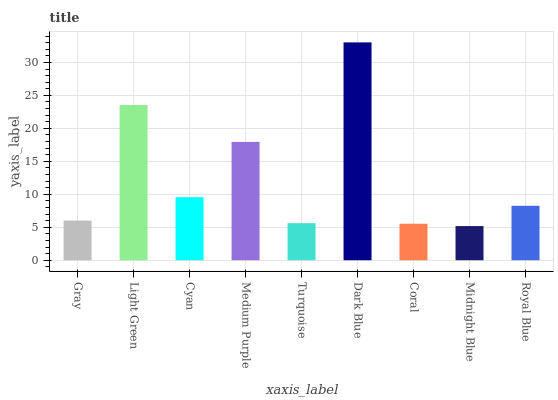
| xaxis_label | bars |
 | --- | --- |
 | Gray | 6.01 |
 | Light Green | 23.5 |
 | Cyan | 9.56 |
 | Medium Purple | 17.9 |
 | Turquoise | 5.62 |
 | Dark Blue | 33 |
 | Coral | 5.54 |
 | Midnight Blue | 5.18 |
 | Royal Blue | 8.26 |